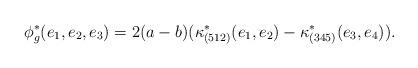
LaTeX: \begin{align*}\phi_g^{*}(e_1,e_2,e_3)&=2(a-b)(\kappa^{*}_{(512)}(e_1,e_2)-\kappa^{*}_{(345)}(e_3,e_4)).\end{align*}